Lunatic asylums Punjab 1868-1880 - 1868-1880
Year: 1868
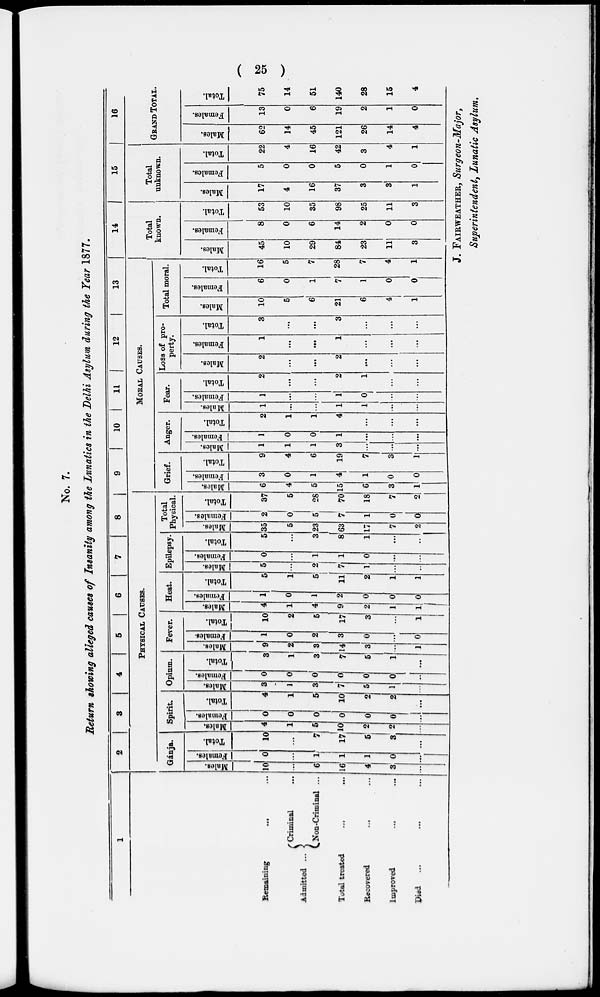
(25)
No. 7.
Return showing alleged causes of Insanity among the Lunatics in the Delhi Asylum during the Year 1877.
1
Remaining ... ...
Admitted ...
Criminal ...
Non-Criminal ...
Total treated ... ...
Recovered ... ...
Improved ... ...
Died ... ... ...
2
3
4
5
6
7
8
PHYSICAL CAUSES.
Gánja.
Males.
10
...
6
16
4
3
...
Females.
0
...
1
1
1
0
...
Total.
10
...
7
17
5
3
...
Spirit.
Males.
4
1
5
10
2
2
...
Females.
0
0
0
0
0
0
...
Total.
4
1
5
10
2
2
...
Opium.
Males.
3
1
3
7
5
1
...
Females.
0
0
0
0
0
0
...
Tot al .
3
1
3
7
5
1
...
Ferer.
Mal es .
9
2
3
14
3
...
1
Females.
1
0
2
3
0
...
0
Total.
10
2
5
17
3
...
1
Heat.
Males.
4
1
4
9
2
1
1
Females.
1
0
1 2
0
0
0
Total.
5
1
5
11
2
1
1
Epilepsy.
Males.
5
...
2
7
1
...
...
Females.
0
...
1
1
0
...
...
Total.
5
...
3
8
1
...
...
Total
Physical.
Males.
35
5
23
63
17
7
2
Females.
2
0
5
7
1
0
0
Total.
37
5
28
70
18
7
2
9
10
11
12
13
MORAL CAUSES.
Grief.
Males.
6
4
5
15
6
3
1
Females.
3
0
1
4
1
0
0
Tot al .
9
4
6
19
7
3
1
Anger.
Mal es .
1
1
1
3
...
...
...
Females.
1
0
0
1
...
...
...
Tot al .
2
1
1
4
...
...
...
Fear.
Mal es .
1
...
...
1
1
...
...
Females.
1
...
...
1
0
...
...
Total.
2
...
...
2
1
...
...
Loss of pro-
perty.
Males.
2
...
...
2
...
...
...
Females.
1
...
...
1
...
...
...
Total.
3
...
...
3
...
...
...
Total moral.
Males.
10
5
6
21
6
4
1
Females.
6
0
1
7
1
0
0
Total.
16
5
7
28
7
4
1
14
Total
known.
Males.
45
10
29
84
23
11
3
Females.
8
0
6
14
2
0
0
Total.
53
10
35
98
25
11
3
15
Total
unknown.
Males.
17
4
16
37
3
3
1
Females.
5
0
0
5
0
1
0
Total.
22
4
16
42
3
4
1
16
GRAND TOTAL.
Males.
62
14
45
121
26
14
4
Females.
13
0
6
19
2
1
0
Total.
75
14
51
140
28
15
4
J. FAIRWEATHER, Surgeon-Major,
Superintendent , Lunatic Asylum.